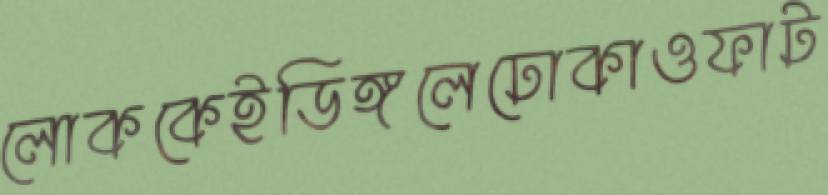
লোককেইডিঙ্গলেঢোকাওফাট